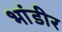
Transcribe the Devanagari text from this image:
भांडीर